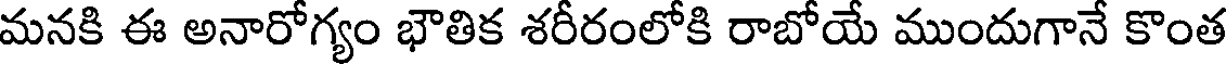
మనకి ఈ అనారోగ్యం భౌతిక శరీరంలోకి రాబోయే ముందుగానే కొంత